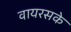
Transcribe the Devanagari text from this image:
वायरसके